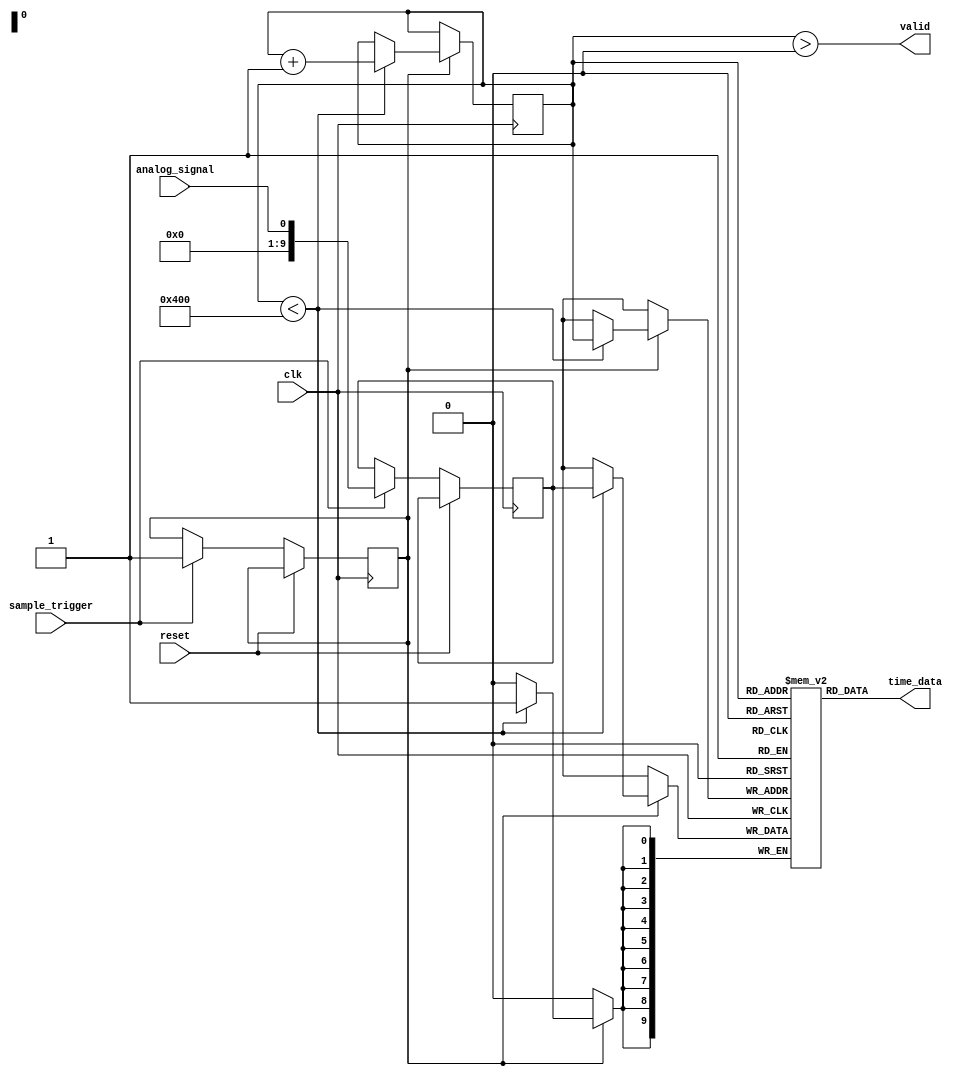
module TDC (
    input wire clk,                 // High-frequency clock
    input wire reset,               // Reset signal
    input wire analog_signal,        // Input analog signal
    input wire sample_trigger,       // Sampling trigger
    output wire [N-1:0] time_data,  // Output digital time value
    output wire valid               // Indicates valid output data
);

    // Parameters
    parameter N = 10;               // Bit-width for ADC conversion
    parameter MEM_DEPTH = 1024;     // Depth of the memory blocks

    // Internal signals
    wire [N-1:0] sampled_value;     // Sampled analog value
    wire [N-1:0] time_stamp;        // Time stamp
    wire mem_write_en;              // Memory write enable
    wire mem_read_en;               // Memory read enable
    reg [N-1:0] mem_data[0:MEM_DEPTH-1];  // Memory array
    reg [9:0] addr;                  // Address for memory

    // Input Stage: Sample and Hold Circuit
    always @(posedge clk or posedge reset) begin
        if (reset) begin
            // Reset logic
        end else if (sample_trigger) begin
            // Capture the analog signal
            sampled_value <= analog_signal;  // Assuming analog_signal is already ADC digitized
            time_stamp <= addr;              // Just a stub for time stamping
            mem_write_en <= 1'b1;            // Enable memory write
        end
    end

    // Memory Blocks: Write operation
    always @(posedge clk) begin
        if (mem_write_en) begin
            if (addr < MEM_DEPTH) begin
                mem_data[addr] <= sampled_value;  // Store sampled value
                addr <= addr + 1;                 // Increment address
            end
        end
    end

    // Time Measurement Unit: Event Detection Logic
    always @(posedge clk) begin
        // Implement rising/falling edge detection
    end

    // Digital Processing Unit
    assign valid = (addr > 0); // Set valid when data is present
    assign time_data = mem_data[addr]; // Output digital time value

    // Output Stage
    // (Further processing, if required)

endmodule